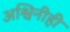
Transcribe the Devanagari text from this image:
अश्विनीही